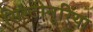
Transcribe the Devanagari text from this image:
सिस्टीनूरिया